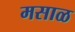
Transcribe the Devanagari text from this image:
मसाळ